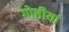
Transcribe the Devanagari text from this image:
गोष्ठीयां